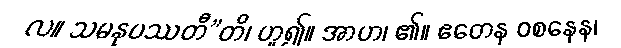
လ။ သမနုပဿတီ”တိ၊ ဟူ၍။ အာဟ၊ ၏။ ဧတေန ဝစနေန၊